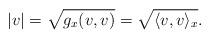
LaTeX: \begin{align*}|v|=\sqrt{g_x(v,v)}=\sqrt{\langle v, v\rangle_x}.\end{align*}